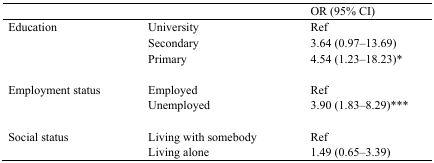
<table><thead><tr><td></td><td></td><td><b>OR (95% CI)</b></td></tr></thead><tbody><tr><td rowspan="3">Education</td><td>University</td><td>Ref</td></tr><tr><td>Secondary</td><td>3.64 (0.97–13.69)</td></tr><tr><td>Primary</td><td>4.54 (1.23–18.23)*</td></tr><tr><td rowspan="2">Employment status</td><td>Employed</td><td>Ref</td></tr><tr><td>Unemployed</td><td>3.90 (1.83–8.29)***</td></tr><tr><td rowspan="2">Social status</td><td>Living with somebody</td><td>Ref</td></tr><tr><td>Living alone</td><td>1.49 (0.65–3.39)</td></tr></tbody></table>